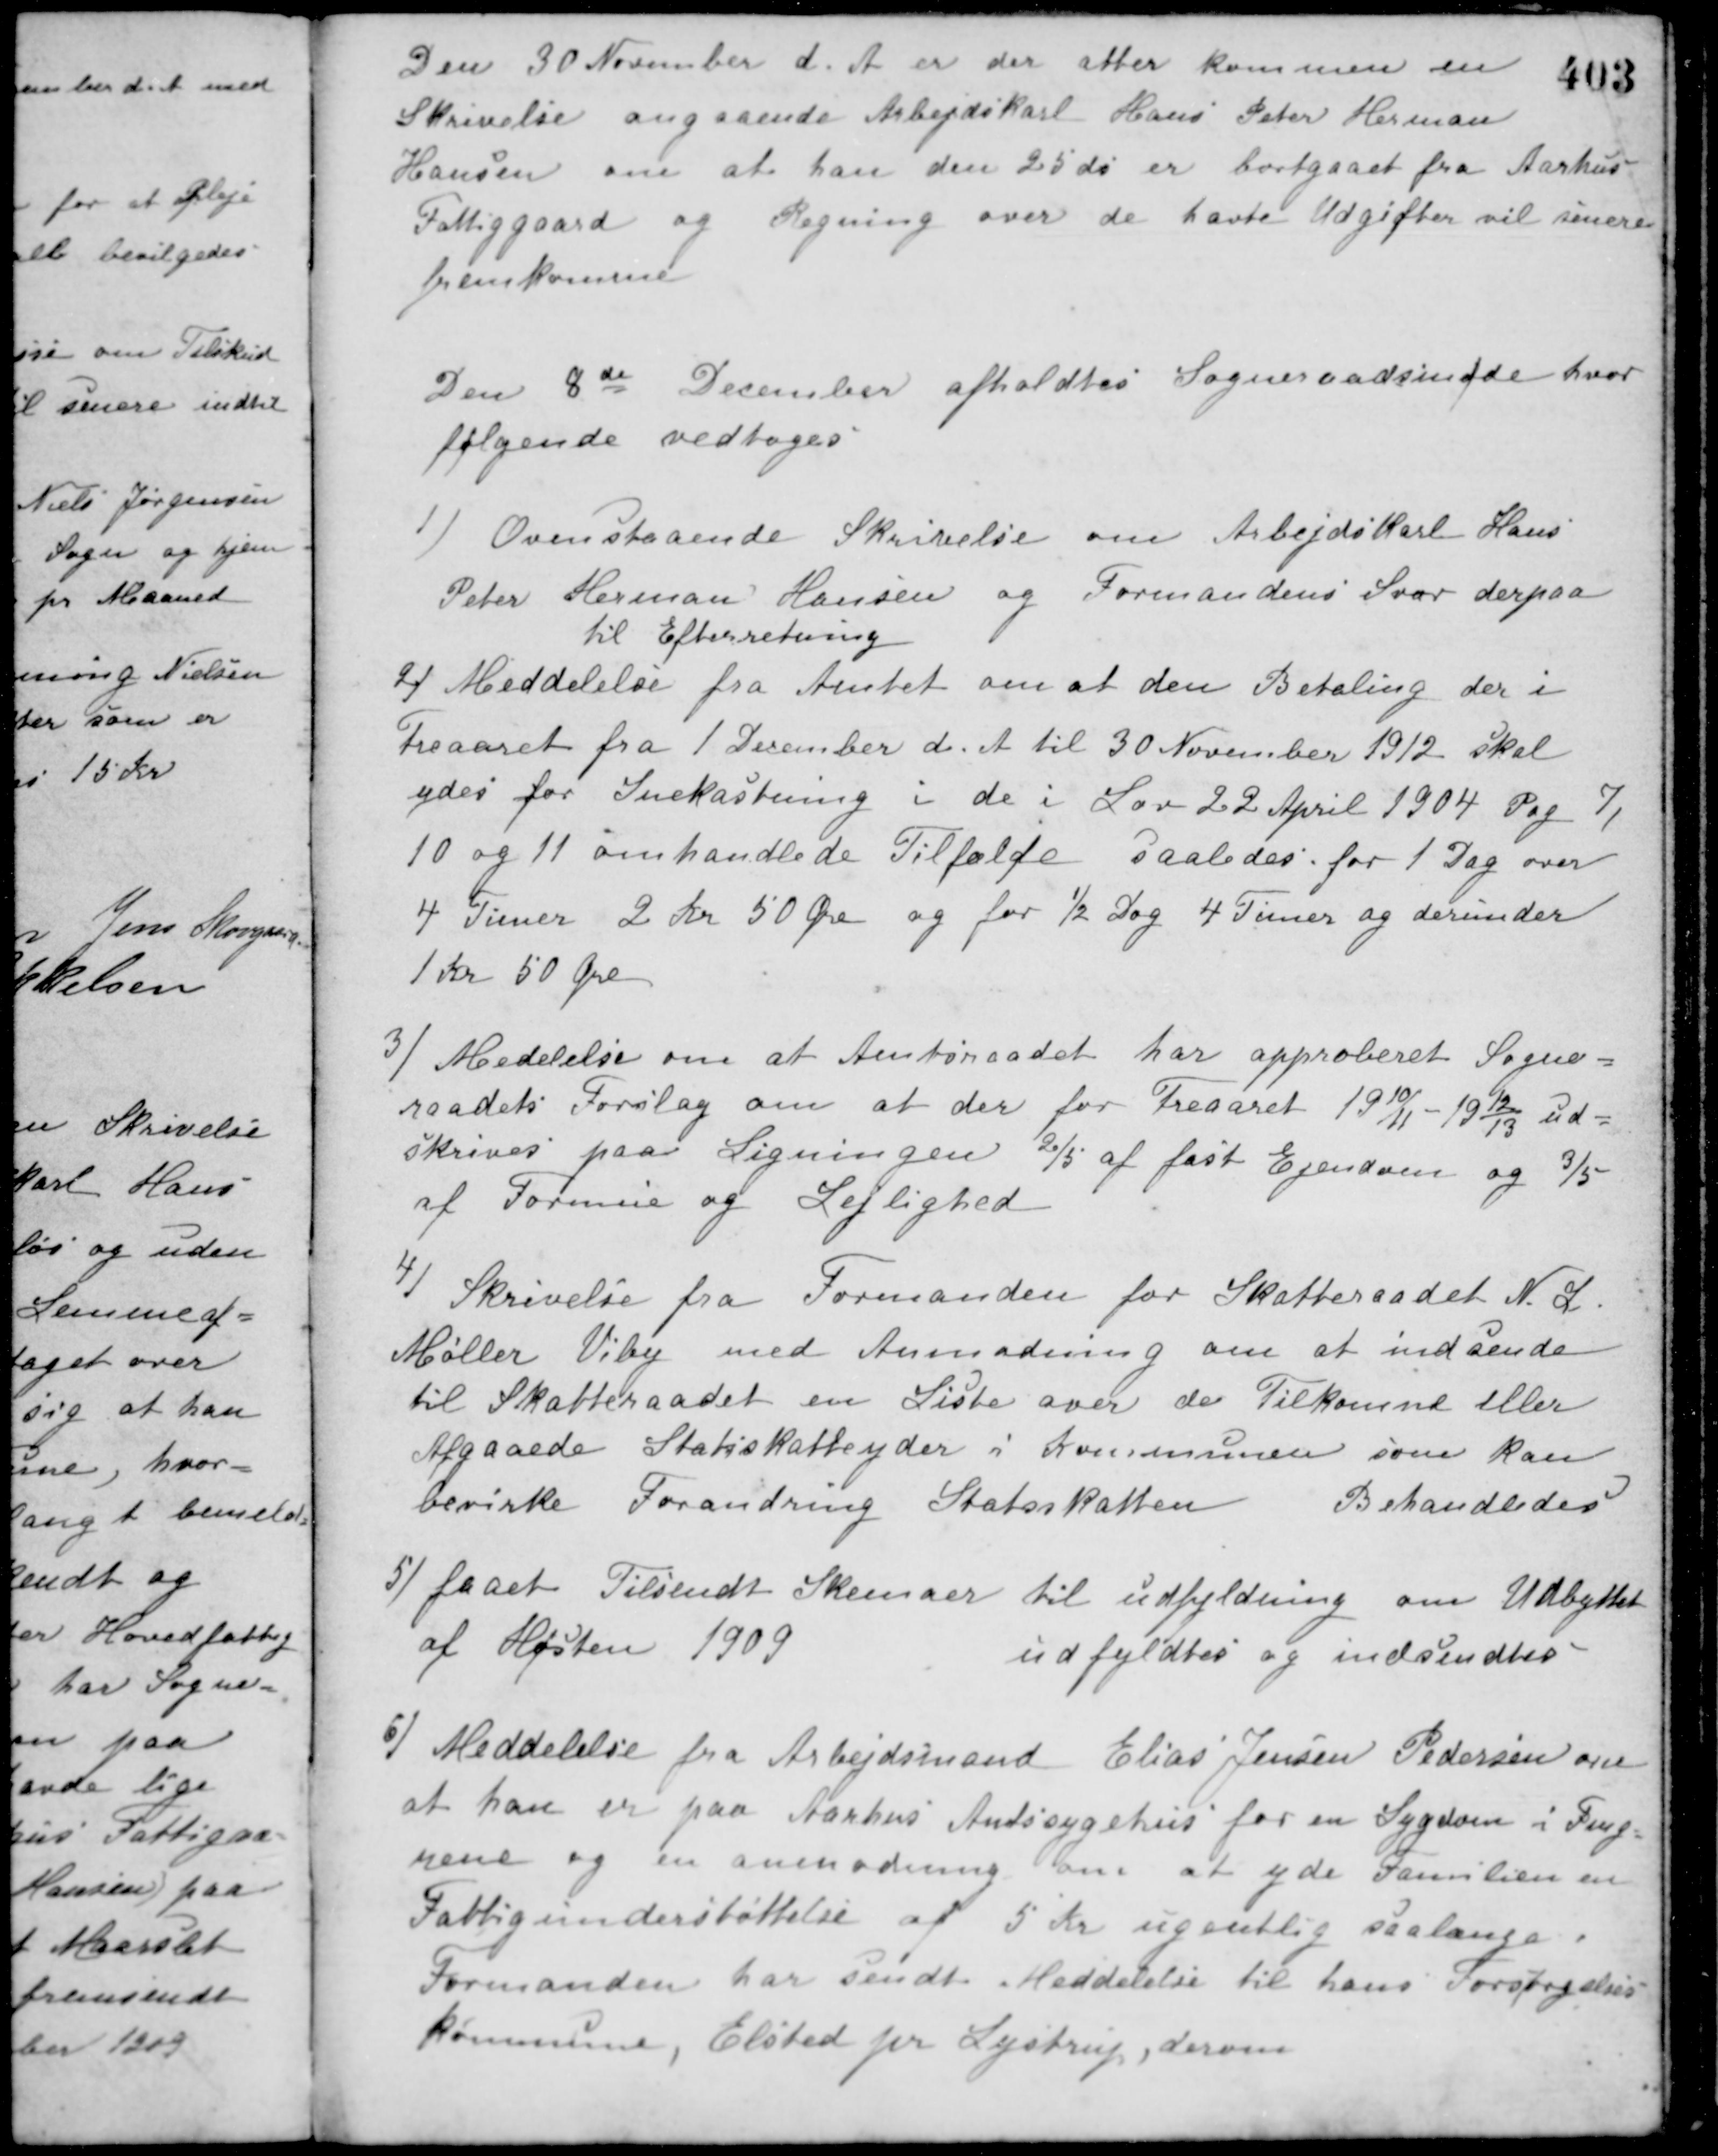
Transskription:
Den 30 November d. A. er der atter kommen en
Skrivelse angaaende Arbejdskarl Hans Peter Herman
Hansen om at han den 25 ds er bortgaaet fra Aarhus
Fattiggaard og Regning over de havte Udgifter vil senere
fremkomme
Den 8de December afholdtes Sogneraadsmøde hvor
følgende vedtoges
1) Ovenstaaende Skrivelse om Arbejdskarl Hans
Peter Herman Hansen og Formandens Svar derpaa
til Efterretning
2) Meddelelse fra Amtet om at den Betaling der i
Treaaret fra 1 December d. A. til 30 November 1912 skal
ydes for Snekastning i de i Lov 22 April 1904 Pag 7,
10 og 11 omhandlede Tilfælde saaledes for 1 Dag over
4 Timer 2 Kr 50 Øre og for ½ Dag 4 Timer og derunder
1 Kr. 50 Øre
3) Meddelelse om at Amtsraadet har approberet Sogne-
raadets Forslag om at der for Treaaret 1910/11 - 1912/13 ud-
skrives paa Ligningen 2/5 af fast Ejendom og 3/5
af Formue og Lejlighed
4) Skrivelse fra Formanden for Skatteraadet N. L.
Møller Viby med Anmodning om at indsende
til Skatteraadet en Liste over de Tilkomne eller
Afgaaede Statsskatteyder i Kommunen som kan
bevirke Forandring i Statsskatten
Behandledes
5) faaet Tilsendt Skemaer til udfyldning om Udbyttet
af Høsten 1909
udfyldtes og indsendtes
6) Meddelelse fra Arbejdsmand Elias Jensen Pedersen om
at han er paa Aarhus Amtssygehus for en Sygdom i Fing-
rene og en anmodning om at yde Familien en
Fattigunderstøttelse af 5 Kr. ugentlig saalænge.
Formanden har sendt Meddelelse til hans Forsørgelses-
kommune, Elsted pr. Lystrup, derom